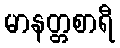
မာနတ္တစာရီ